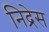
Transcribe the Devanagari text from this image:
निद्रेस